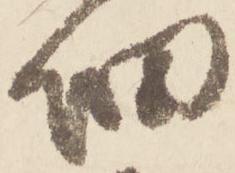
細